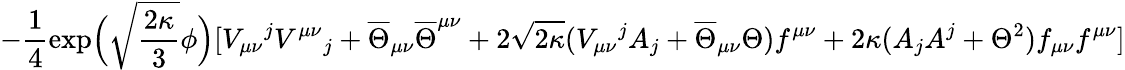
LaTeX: -\frac{1}{4}\exp\! \Big(\sqrt{\frac{2\kappa}{3}}\phi\Big)[V_{\mu\nu}{}^{j}V^{\mu\nu}{}_{j}+\overline{{{\Theta}}}_{\mu\nu}\overline{{{\Theta}}}^{\mu\nu}+2\sqrt{2\kappa}(V_{\mu\nu}{}^{j}A_{j}+\overline{{{\Theta}}}_{\mu\nu}\Theta)f^{\mu\nu}+2\kappa(A_{j}A^{j}+\Theta^{2})f_{\mu\nu}f^{\mu\nu}]